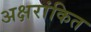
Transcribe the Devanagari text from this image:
अक्षरांकित